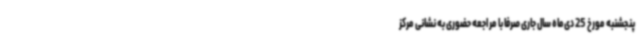
پنجشنبه مورخ 25 دی‌ماه سال جاری صرفا با مراجعه حضوری به نشانی مرکز